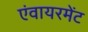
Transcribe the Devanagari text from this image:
एंवायरमेंट